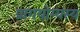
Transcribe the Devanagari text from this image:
प्रागयोग्यस्य